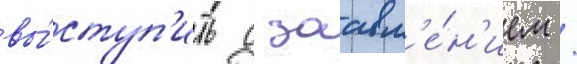
вы́ступ'ить с заавл'е́н'ием /